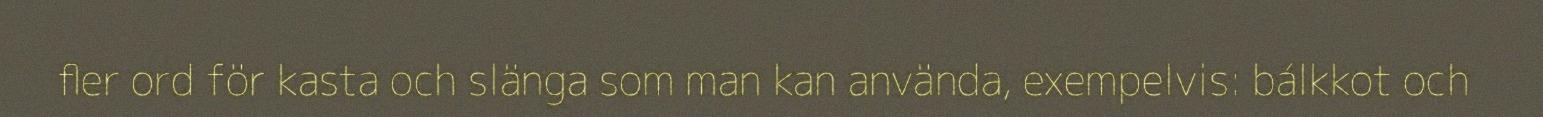
fler ord för kasta och slänga som man kan använda, exempelvis: bálkkot och